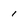
Character: 1